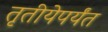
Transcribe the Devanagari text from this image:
तृतीयेपर्यंत